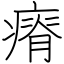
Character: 瘠